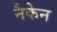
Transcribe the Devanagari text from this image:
नैकेन